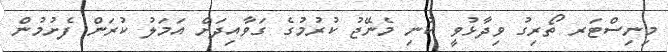
މިނިސްޓަރ ތޯރިގު ވިދާޅުވީ ކުނި މެނޭޖު ކުރުމުގެ ގަވާއިދަށް އަމަލު ކުރަން ފެށުމުން